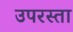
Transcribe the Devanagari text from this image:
उपरस्ता